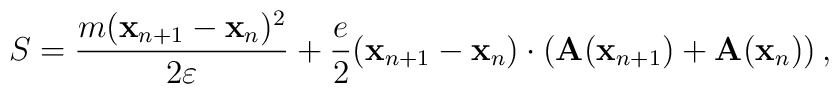
S={m({\bf x}_{n+1}-{\bf x}_{n})^2\over 2\varepsilon}+{e\over 2} ({\bf x}_{n+1}-{\bf x}_{n})\cdot ({\bf A}({\bf x}_{n+1})+{\bf A}({\bf x}_n))\,,